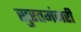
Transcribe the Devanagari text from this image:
सुरतमंजरी